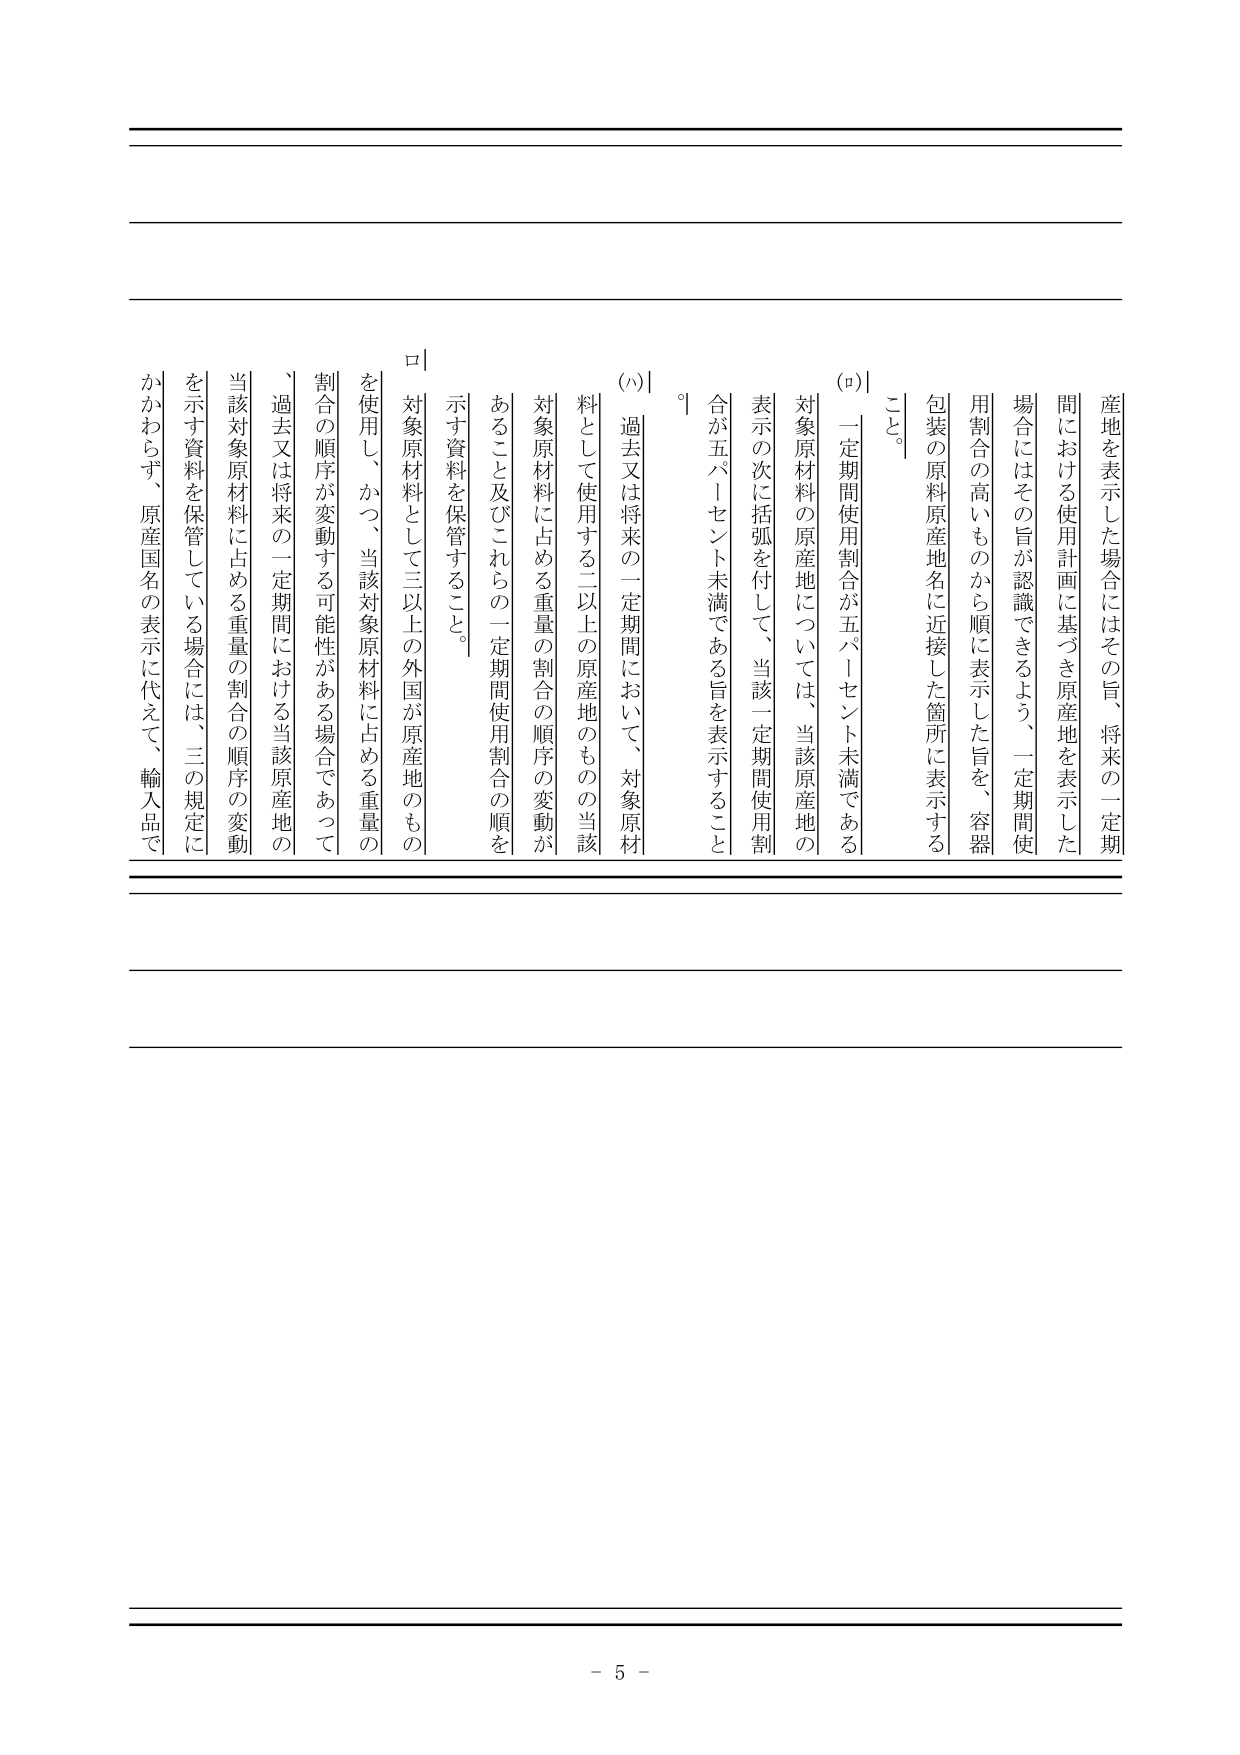
産地を表示した場合にはその旨、将来の一定期間における使用計画に基づき原産地を表示した場合にはその旨が認識できるよう、一定期間使用割合の高いものから順に表示した旨を、容器包装の原料原産地名に近接した箇所に表示すること。

(ロ) 一定期間使用割合が五パーセント未満である対象原材料の原産地については、当該原産地の表示の次に括弧を付して、当該一定期間使用割合が五パーセント未満である旨を表示すること。

(ハ) 過去又は将来の一定期間において、対象原材料として使用する二以上の原産地のものの当該対象原材料に占める重量の割合の順序の変動があること及びこれらの一定期間使用割合の順を示す資料を保管すること。

ロ 対象原材料として三以上の外国が原産地のものを使用し、かつ、当該対象原材料に占める重量の割合の順序が変動する可能性がある場合であって、過去又は将来の一定期間における当該原産地の当該対象原材料に占める重量の割合の順序の変動を示す資料を保管している場合には、三の規定にかかわらず、原産国名の表示に代えて、輸入品で

- 5 -